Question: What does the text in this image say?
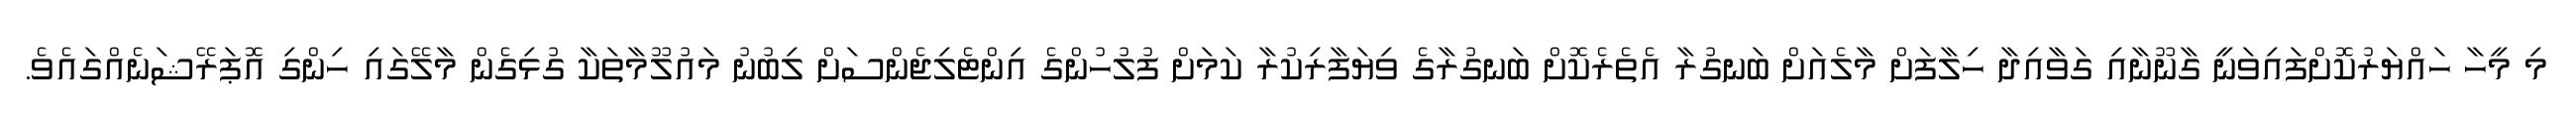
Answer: މި މީހާ ހައްޔަރުކޮށްފައިވަނީ ގާނޫނާއި ގަވާއިދާ ހިލާފަށް މާލެއަށް ބަނގުރާ އެތެރެކޮށް ބަނގުރާގެ ވިޔަފާރިކުރާ ކަމަށް ފުލުހުންގެ އިންޓެލިޖެންސަށް ލިބުނު މައުލޫމާތަކާ ގުޅިގެން މާލޭގައި ހިންގި އޮޕަރޭޝަނެއްގައެވެ.